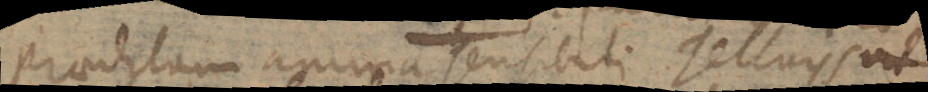
praeditam anima sensibili. Telluris ait